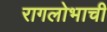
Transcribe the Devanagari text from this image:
रागलोभाची